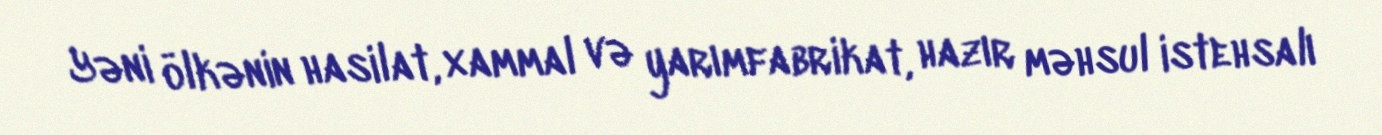
Yəni ölkənin hasilat, xammal və yarımfabrikat, hazır məhsul istehsalı